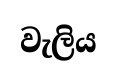
වැලිය